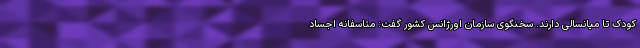
کودک تا میانسالی دارند. سخنگوی سازمان اورژانس کشور گفت: متاسفانه اجساد